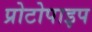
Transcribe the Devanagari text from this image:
प्रोटोपाइप